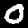
Digit: 0